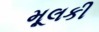
મૂલકી